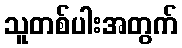
သူတစ်ပါးအတွက်